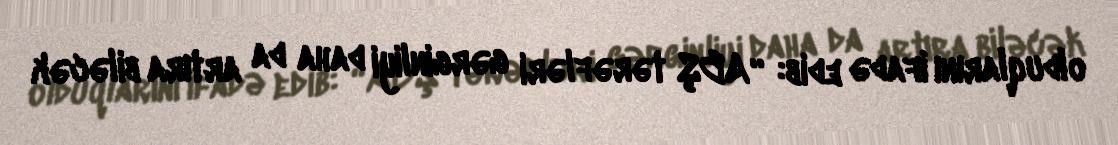
olduqlarını ifadə edib: “ABŞ tərəfləri gərginliyi daha da artıra biləcək